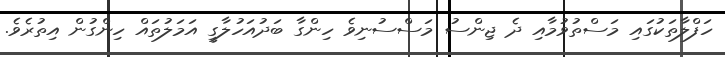
ހަފްލާތަކުގައި މަސްތުވުމާއި ދެ ޖިންސު މަސްސުނިވެ ހިންގާ ބަދުއަހުލާގީ އަމަލުތައް ހިންގުން އިތުރެވެ.